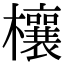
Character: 欀